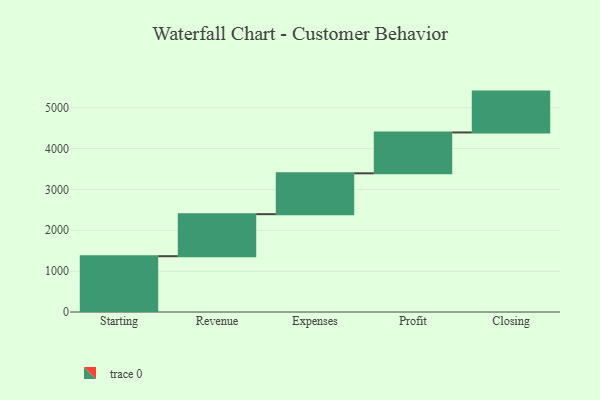
{"axis": {"x": "Step", "y": "Value"}, "legend": [""], "data": [{"x": "Starting", "y": 1366.0, "type": ""}, {"x": "Revenue", "y": 1029.0, "type": ""}, {"x": "Expenses", "y": 1000, "type": ""}, {"x": "Profit", "y": 1000, "type": ""}, {"x": "Closing", "y": 1000, "type": ""}]}